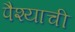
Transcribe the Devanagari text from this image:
पैश्याची